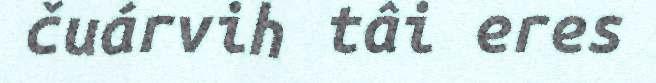
čuárvih tâi eres